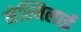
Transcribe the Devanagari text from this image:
मेस्निलाई